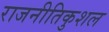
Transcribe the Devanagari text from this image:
राजनीतिकुशल